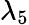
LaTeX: \lambda_{5}